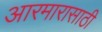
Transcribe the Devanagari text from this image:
आरमारासाठी